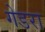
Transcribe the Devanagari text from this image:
गेडरा